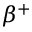
\beta ^ { + }